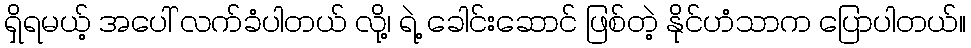
ရှိရမယ့် အပေါ် လက်ခံပါတယ် လို့၊ ရဲ့ ခေါင်းဆောင် ဖြစ်တဲ့ နိုင်ဟံသာက ပြောပါတယ်။